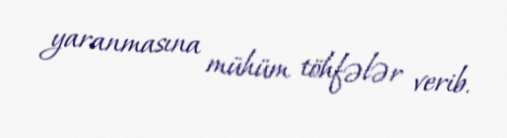
yaranmasına mühüm töhfələr verib.